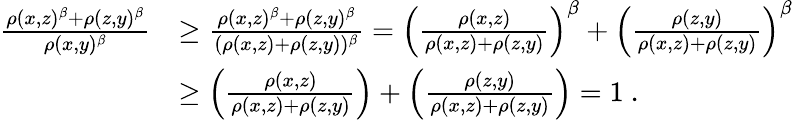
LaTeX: \begin{array}{rl}{\frac{\rho(x,z)^{\beta}+\rho(z,y)^{\beta}}{\rho(x,y)^{\beta}}}&{\geq\frac{\rho(x,z)^{\beta}+\rho(z,y)^{\beta}}{(\rho(x,z)+\rho(z,y))^{\beta}}=\left(\frac{\rho(x,z)}{\rho(x,z)+\rho(z,y)}\right)^{\beta}+\left(\frac{\rho(z,y)}{\rho(x,z)+\rho(z,y)}\right)^{\beta}}\\ &{\geq\left(\frac{\rho(x,z)}{\rho(x,z)+\rho(z,y)}\right)+\left(\frac{\rho(z,y)}{\rho(x,z)+\rho(z,y)}\right)=1~.}\end{array}